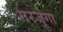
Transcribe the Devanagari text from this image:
गरजूंगा